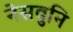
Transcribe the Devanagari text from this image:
नेसवुनि